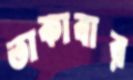
তাকাবার